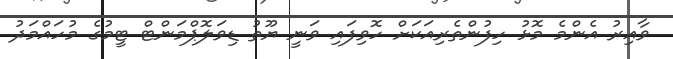
ވާއިރު އެންމެ މޮޅު ހިފުންތެރިއަކަށް ހޮވިފައި ވަނީ ޔޫތު ޑިވަލޮޕްމަންޓް ޓީމުގެ މުހައްމަދު